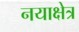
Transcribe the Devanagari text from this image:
नयाक्षेत्र